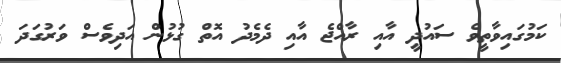
ކަމުގައިވާތީވެ ސައުދީ އާއި ރާއްޖެ އާއި ދެމެދު އޮތް ގުޅުން އަދިވެސް ވަރުގަދަ